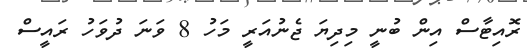
ރޮއިޓާސް އިން ބުނީ މިދިޔަ ޖެނުއަރީ މަހު 8 ވަނަ ދުވަހު ރައީސް